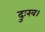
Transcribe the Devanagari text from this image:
दुःख।